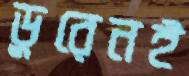
ডুরেনই